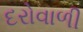
દરોવાળી